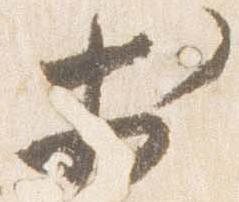
於